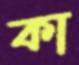
কা